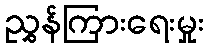
ညွှန်ကြားရေးမှုး